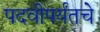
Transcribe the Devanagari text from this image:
पदवीपर्यंतचेे